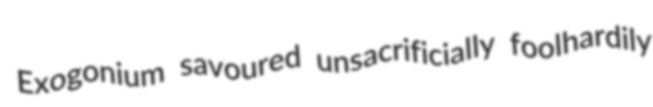
Exogonium savoured unsacrificially foolhardily